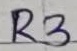
Text: R3